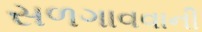
સળગાવવાની